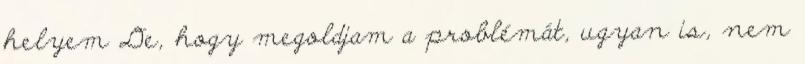
helyem De, hogy megoldjam a problémát, ugyan is, nem